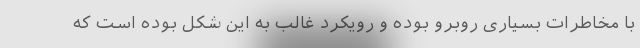
با مخاطرات بسیاری روبرو بوده‌ و رویکرد غالب به این شکل بوده است که